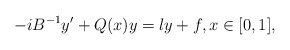
\begin{align*} -i B^{-1} y' + Q(x) y = \l y + f, x \in [0,1],\end{align*}